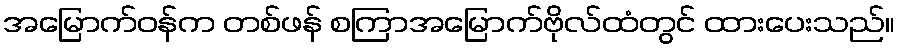
အမြောက်ဝန်က တစ်ဖန် စကြာအမြောက်ဗိုလ်ထံတွင် ထားပေးသည်။